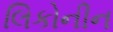
લિકોનીન